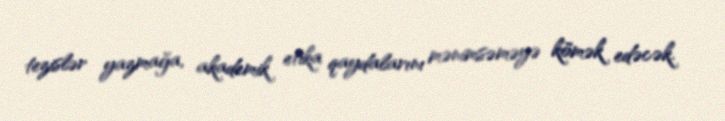
tezislər yazmağa, akademik etika qaydalarını mənimsəməyə kömək edəcək.